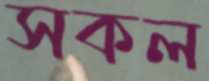
সকল